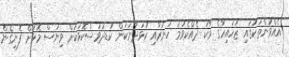
އެއްވުންތަކުގައި ޒުހައިރާގެ ވާކަ ދެއްކެވުމު ހުނަރާއި ކުޅަދާނަކަން ކުޑދުވަސްކޮޅަކަށް ވިޔަސް މޮޅަށް ފެނިގެން